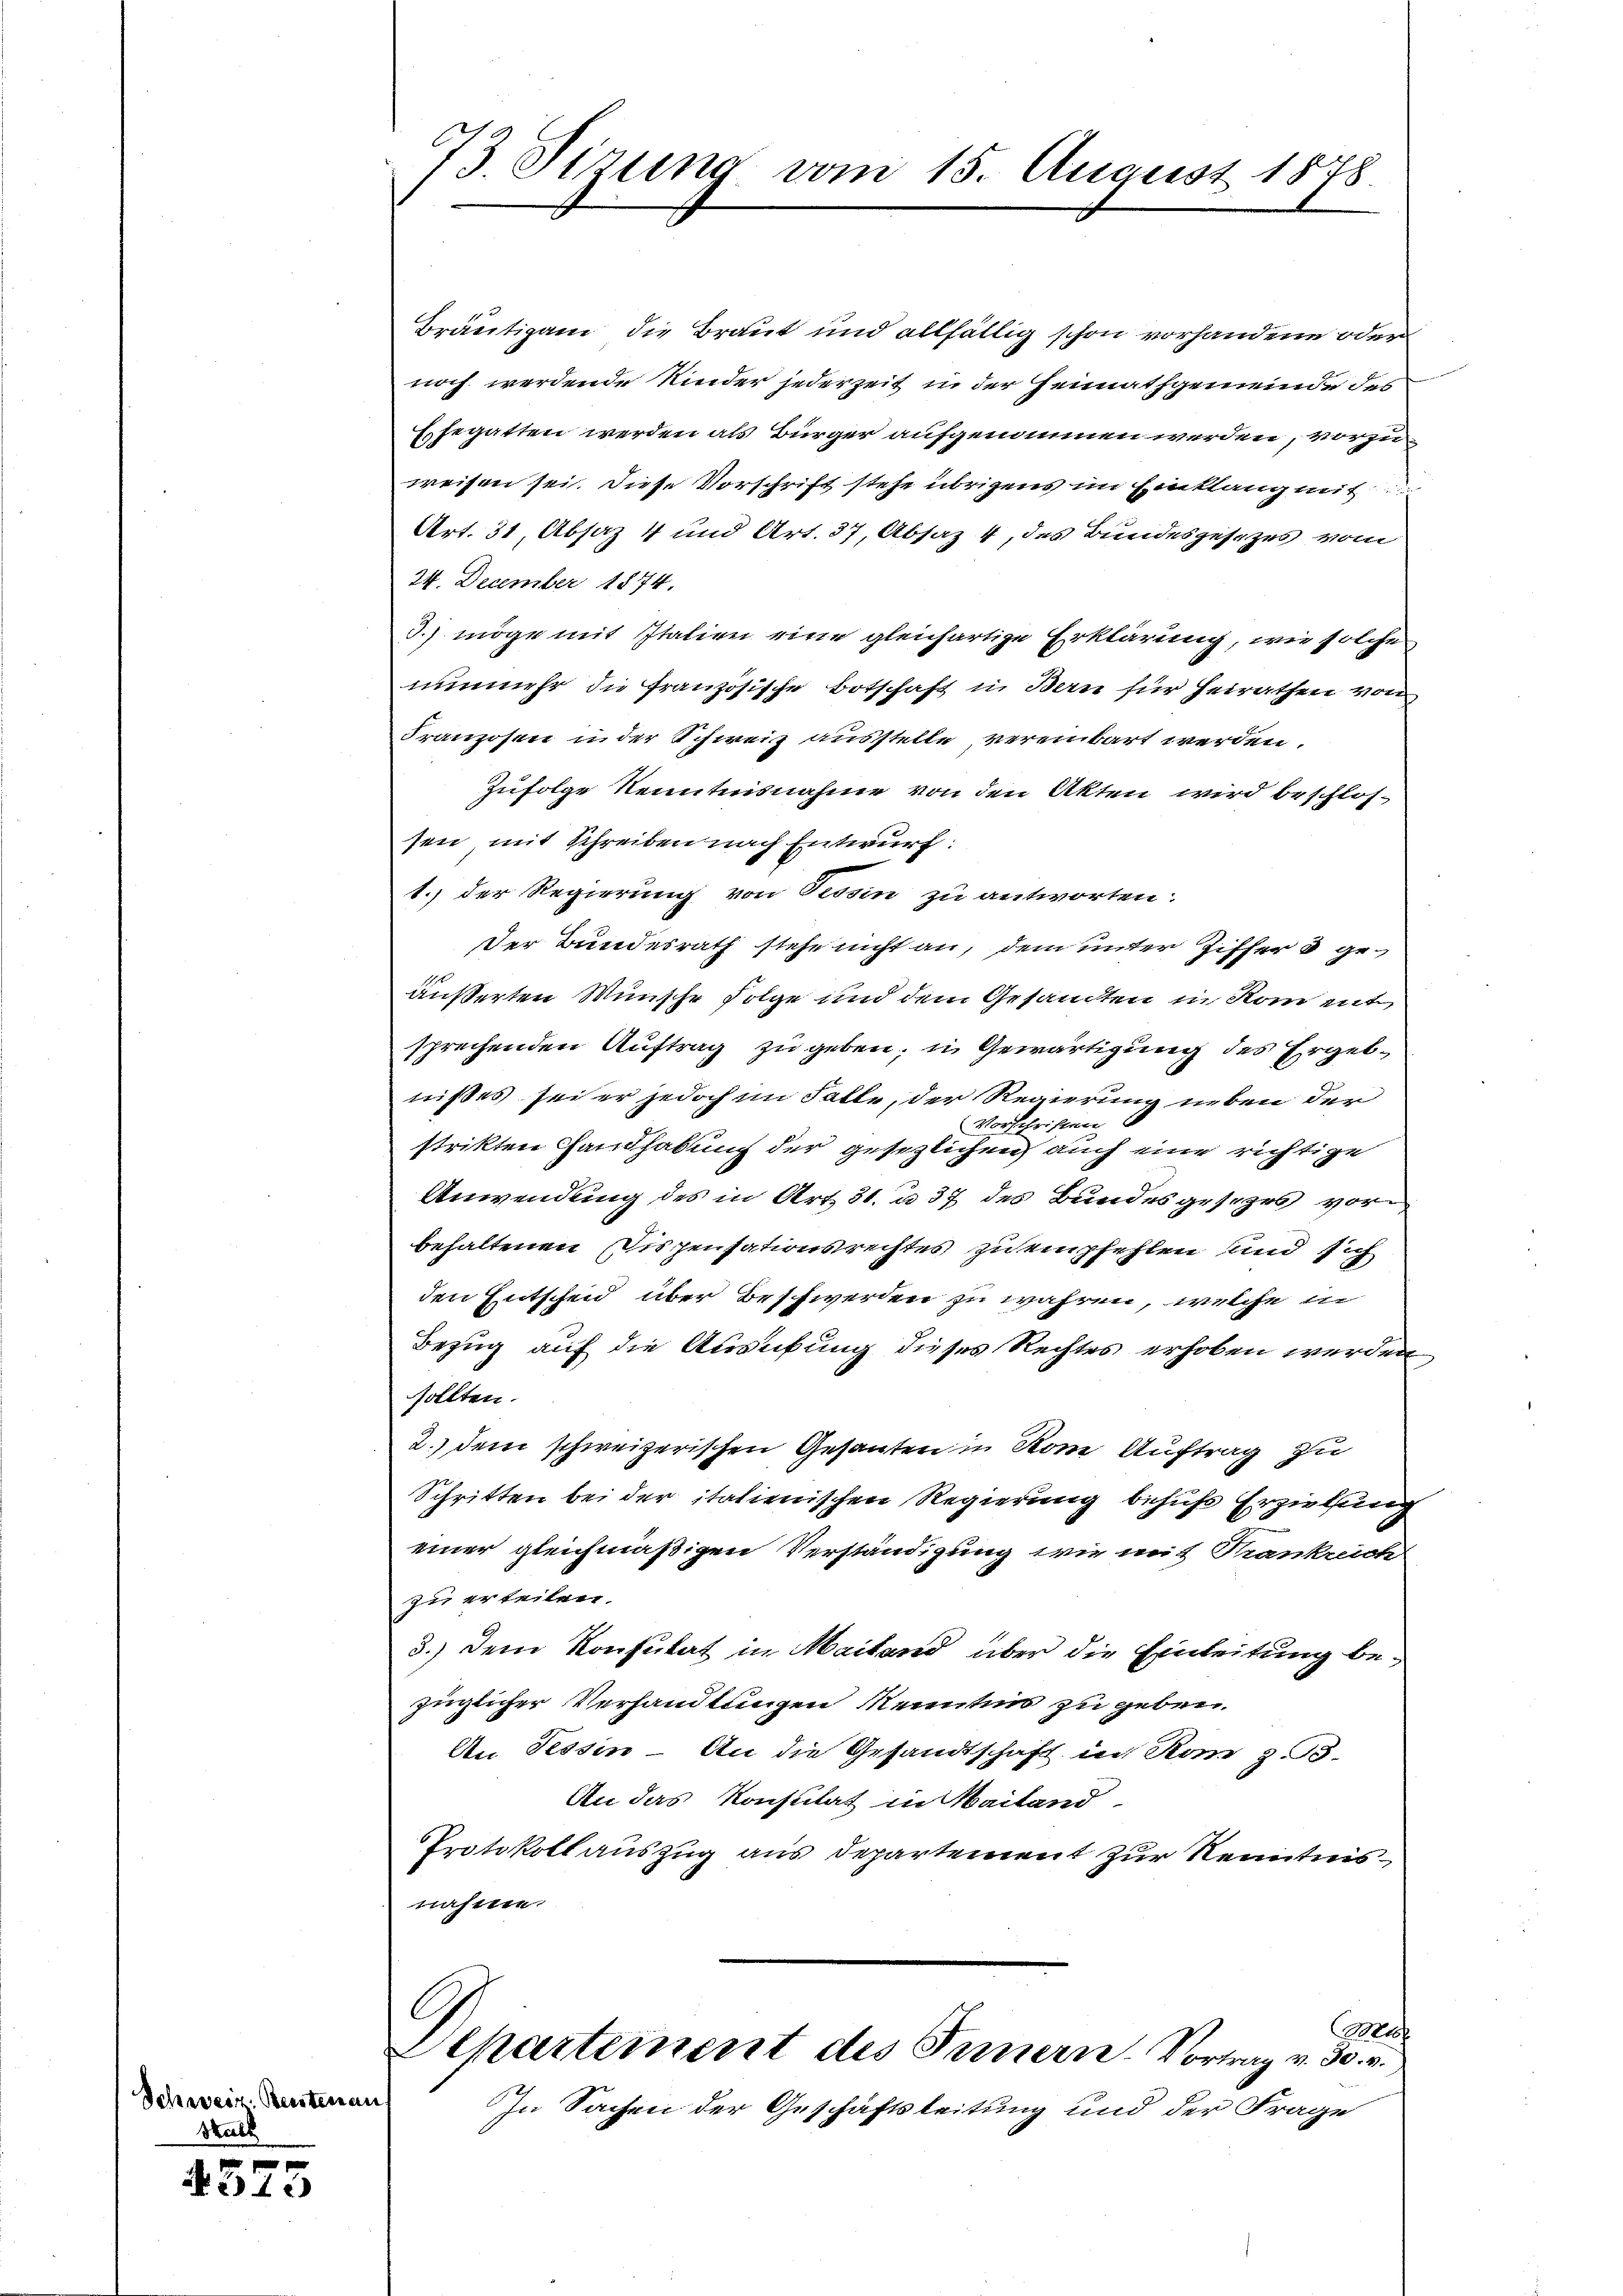
Schweiz, Renten au
Stall

4575

73. Sirung vom 15. August 1878.

Bräutigam die Braut und allfällig schon vorhandene oder
noch werdende Kinder jederzeit in der Heimathgemeinde des
Ehegatten werden als Bürger aufgenommen werden, vorzuweisen sei. Diese Vorschrift stehe übrigens im Einklang mit
Art. 31, Absaz 4 und Art. 37, Absaz 4, des Bundesgesezes vom
24. December 1874.
J.) möge mit Italien eine gleichartige Erklärung, wie solche
nunmehr die französische Botschaft in Bern für Heirathen von
Franzosen in der Schweiz ausstelle vereinbart werden.
Zufolge Kenntnisnahme von den Akten wird beschlossen, mit Schreiben nach Entwurf:
1.) der Regierung von Tessin zu antworten:
Der Bundesrath stehe nicht an, dem unter Ziffer 3 geäußerten Wünsche Folge und dem Gesandten in Rom mit
sprechenden Auftrag zu geben, u. Gewärtigung des Ergebnißes sei er jedoch im Falle, der Regierung neben der
Vorschriften 6
strikten Handhabung der gesezlichen auch eine richtige
Anwendung des in Art. 31. u 37 des Bundesgesezes vorbehaltenen Dispensationsrechtes zu empfehlen und sich
den Entscheid über Beschwerden zu währen, welche in
Bezug auf die Ausübung dieses Rechtes erhoben werden
sollten.
2.) dem schweizerischen Gesanten in vom Auftrag zu
Schritten bei der italienischen Regierung behufs Erziehung
einer gleichmäßigen Verständigung wie mit Krankreich
zu erteilen.
3.) Dem Konsulat in Mailand über die Einleitung bezüglicher Verhandlungen Kenntnis zu geben.
An Tessin – An die Gesandtschaft in Rom z. 33.
An das Konsulat in Mailand
Protokoll auszug aus Departement zur Kenntnisnahme.
Moh
Separtement des Innern. Vortrag v. 30. v.
In Sachen der Geschäftsleitung und der Frage